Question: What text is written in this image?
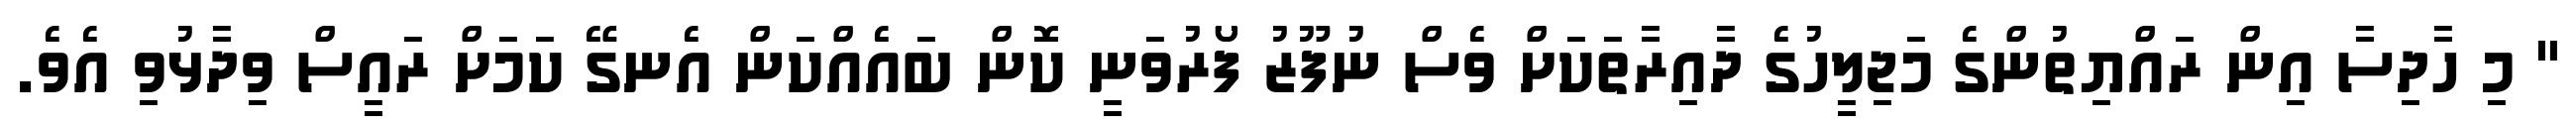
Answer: " މި ހާދިސާ އިން ރައްޔިތުންގެ މަޖިލީހުގެ ދާއިރާތަކަށް ވެސް ނުފޫޒު ފޯރުވަނީ ކޮން ބައެއްކަން އެނގޭ ކަމަށް ރައީސް ވިދާޅުވި އެވެ.